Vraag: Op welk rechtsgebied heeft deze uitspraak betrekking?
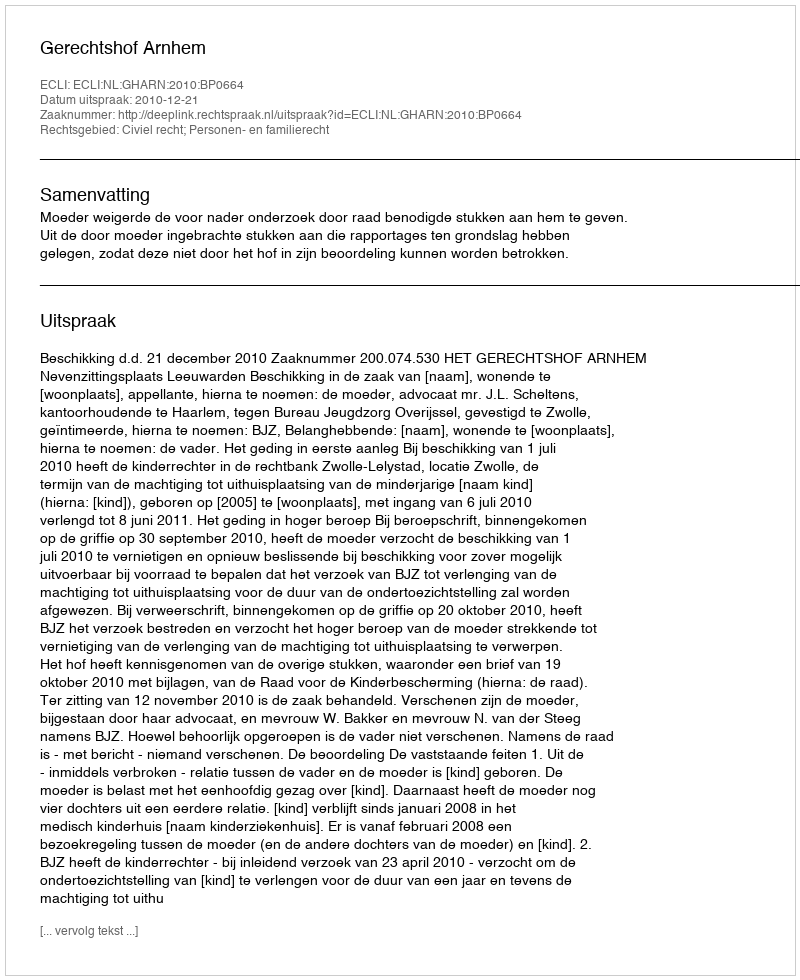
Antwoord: Civiel recht; Personen- en familierecht